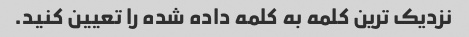
نزدیک ترین کلمه به کلمه داده شده را تعیین کنید.